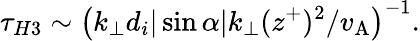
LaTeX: \tau_{H3}\sim\left(k_{\perp}d_{i}|\sin\alpha|k_{\perp}(z^{+})^{2}/{v_{\mathrm{A}}}\right)^{-1}.